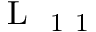
\mathrm { ~ L ~ } _ { \mathrm { ~ 1 ~ 1 ~ } }